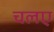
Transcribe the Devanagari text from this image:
चलए